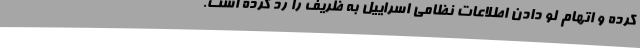
کرده و اتهام لو دادن اطلاعات نظامی اسراییل به ظریف را رد کرده است.